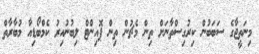
މިނަތީޖާގެ ސަބަބުން ކިރުގިސްތާނަށް ތިން މެޗުން ތިން ޕޮއިންޓް ލިބުނުއިރު ކެމްބޯޑިއާ މުބާރާތް